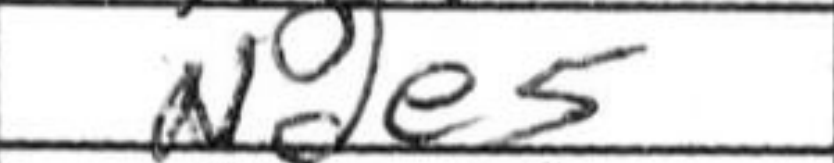
Transcription: Nde5